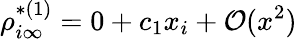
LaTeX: \rho_{i\infty}^{*(1)}=0+c_{1}x_{i}+\mathcal{O}(x^{2})